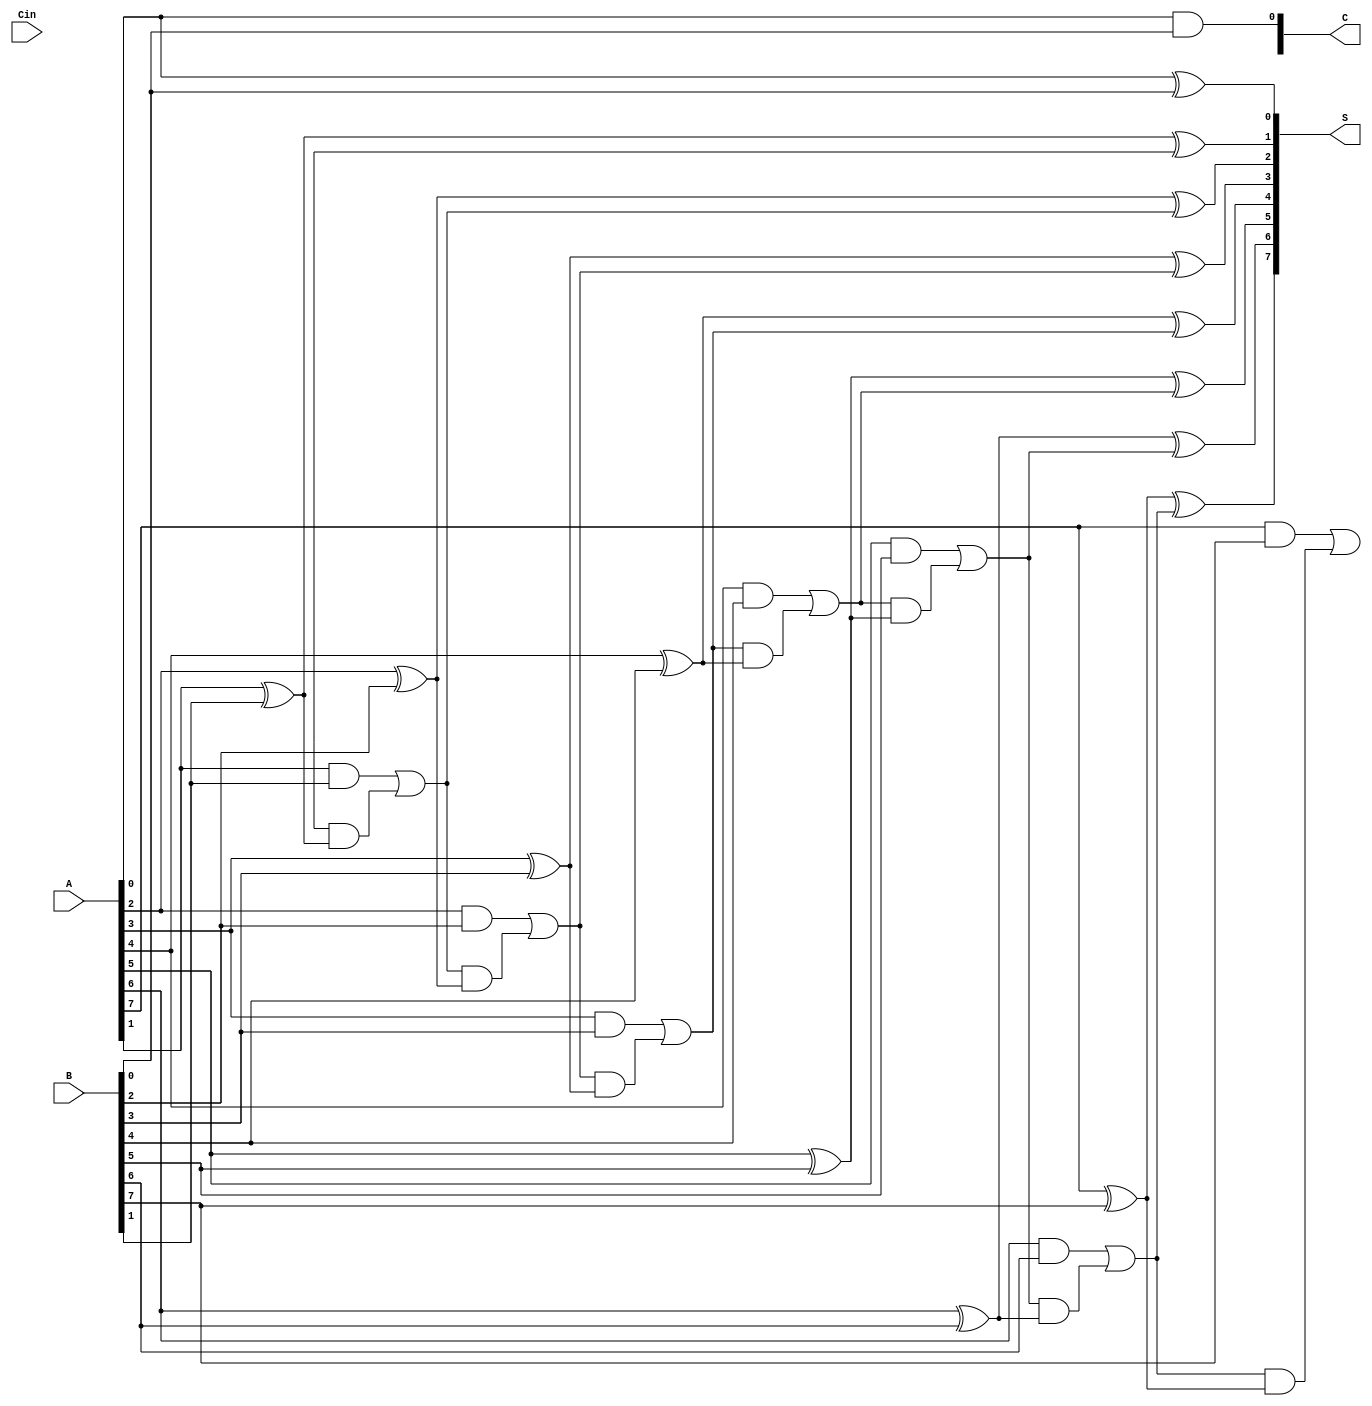
module CarrySaveAdder #(parameter N = 8) (
    input  [N-1:0] A,        // First n-bit input
    input  [N-1:0] B,        // Second n-bit input
    input          Cin,       // Carry-in
    output [N-1:0] S,        // Sum output
    output [N-1:0] C         // Carry output
);
    
    wire [N-1:0] HA_Carry;    // Carry outputs from Half Adders
    wire [N-1:0] FA_Carry;    // Carry outputs from Full Adders

    // Half Adder for the least significant bit
    assign S[0] = A[0] ^ B[0];           // Sum for the LSB
    assign C[0] = A[0] & B[0];           // Carry for the LSB

    // Full Adders for the remaining bits
    genvar i;
    generate
        for (i = 1; i < N; i = i + 1) begin : full_adders
            assign S[i] = A[i] ^ B[i] ^ FA_Carry[i-1];  // Sum
            assign FA_Carry[i] = (A[i] & B[i]) | (FA_Carry[i-1] & (A[i] ^ B[i])); // Carry
        end
    endgenerate

    // Final carry output from the last full adder
    assign C[N-1] = FA_Carry[N-1];

endmodule